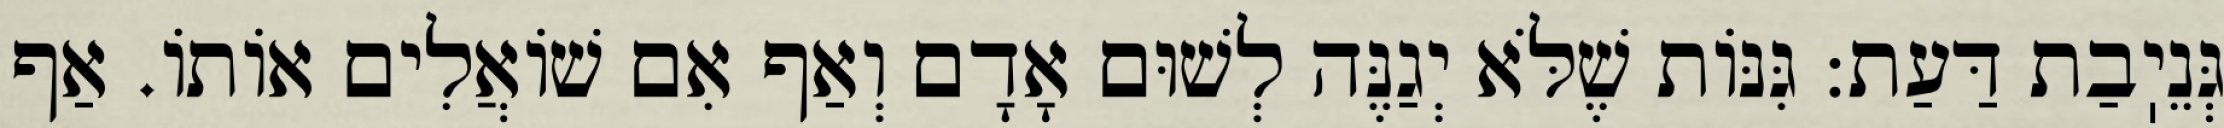
גְּנֵיֽבַת דַּעַת: גִּנּוֹת שֶׁלֹּא יְגַנֶּה לְשׁוּם אָדָם וְאַף אִם שׁוֹאֲלִים אוֹתוֹ. אַף